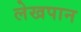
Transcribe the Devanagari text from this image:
लेखपान